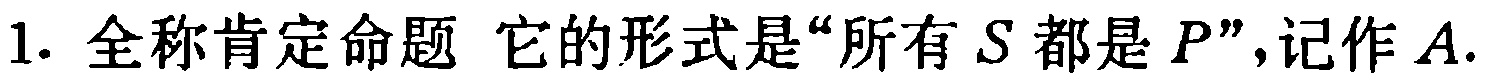
1. 全称肯定命题 它的形式是“所有\(S\)都是\(P\)”，记作\(A\).